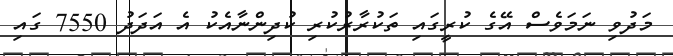
މަދުވި ނަމަވެސް އޭގެ ކުރީގައި ތަކުރާރުކުރި ކުދިންނާއެކު އެ އަދަދު 7550 ގައި